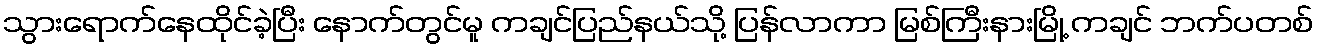
သွားရောက်နေထိုင်ခဲ့ပြီး နောက်တွင်မူ ကချင်ပြည်နယ်သို့ ပြန်လာကာ မြစ်ကြီးနားမြို့ ကချင် ဘက်ပတစ်